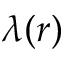
\lambda ( r )